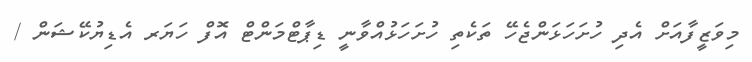
މިވަޒީފާއަށް އެދި ހުށަހަޅަންޖެހޭ ތަކެތި ހުށަހަޅުއްވާނީ ޑިޕާޓްމަންޓް އޮފް ހަޔަރ އެޑިޔުކޭޝަން /